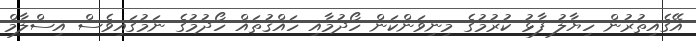
އޭގެއިތުރުން ހިޔާލު ފާޅު ކުރުމުގެ މިނިވަންކަން ހޯދުމާއި ހައްޤުތައް ހޯދުމުގެ ނަމުގައިވެސް އިސްލާމް